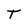
Character: T